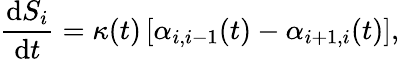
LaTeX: \frac{{\mathrm d}S_{i}}{{\mathrm d}t}=\kappa(t)\left[\alpha_{i,i-1}(t)-\alpha_{i+1,i}(t)\right],